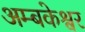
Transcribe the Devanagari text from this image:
अम्बकेश्वर